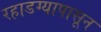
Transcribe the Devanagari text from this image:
रहाडग्यापासून